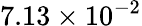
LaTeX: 7.13\times 10^{-2}